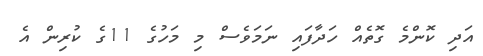
އަދި ކޮންމެ ގޮތެއް ހަދާފައި ނަމަވެސް މި މަހުގެ 11ގެ ކުރިން އެ